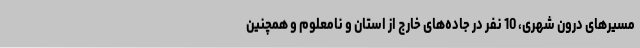
مسیرهای درون شهری، 10 نفر در جاده‌های خارج از استان و نامعلوم و همچنین